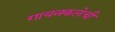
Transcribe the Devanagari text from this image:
गायनकलेची